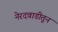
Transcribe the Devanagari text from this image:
नेरदवाडीतून